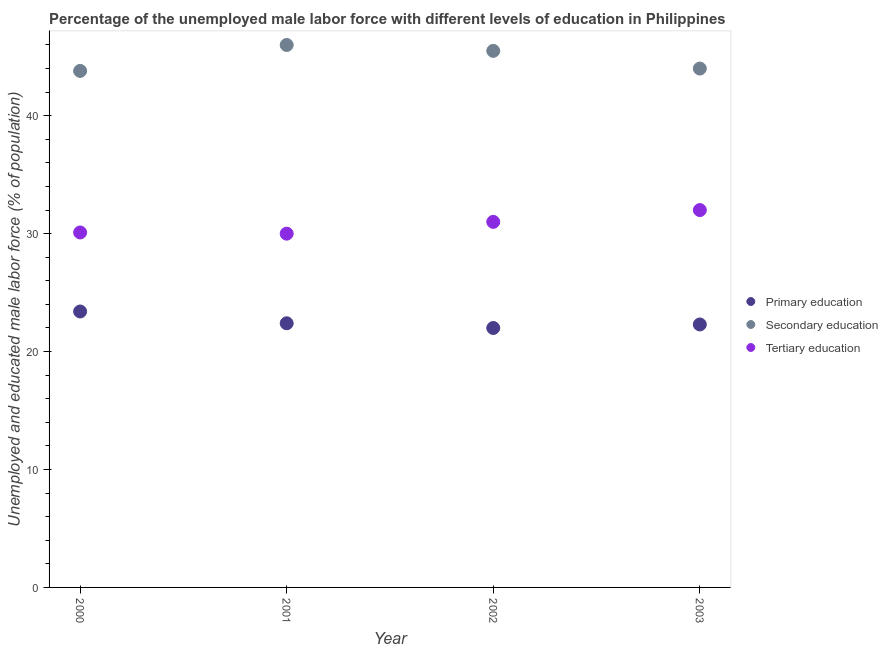
| Year | Primary education | Secondary education | Tertiary education |
 | --- | --- | --- | --- |
 | 2000 | 23.4 | 43.8 | 30.1 |
 | 2001 | 22.4 | 46 | 30 |
 | 2002 | 22 | 45.5 | 31 |
 | 2003 | 22.3 | 44 | 32 |